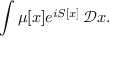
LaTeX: \int \mu [ x ] e ^ { i S [ x ] } \, { \mathcal { D } } x .